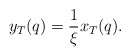
\begin{align*}y_T(q) = \frac{1}{\xi} x_T(q).\end{align*}